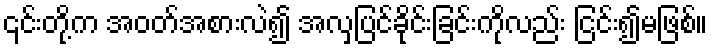
၎င်းတို့က အဝတ်အစားလဲ၍ အလှပြင်ခိုင်းခြင်းကိုလည်း ငြင်း၍မဖြစ်။